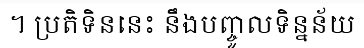
។ ប្រតិទិននេះ នឹងបញ្ចូលទិន្នន័យ